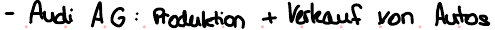
- Audi AG : Produktion + Verkauf von Autos